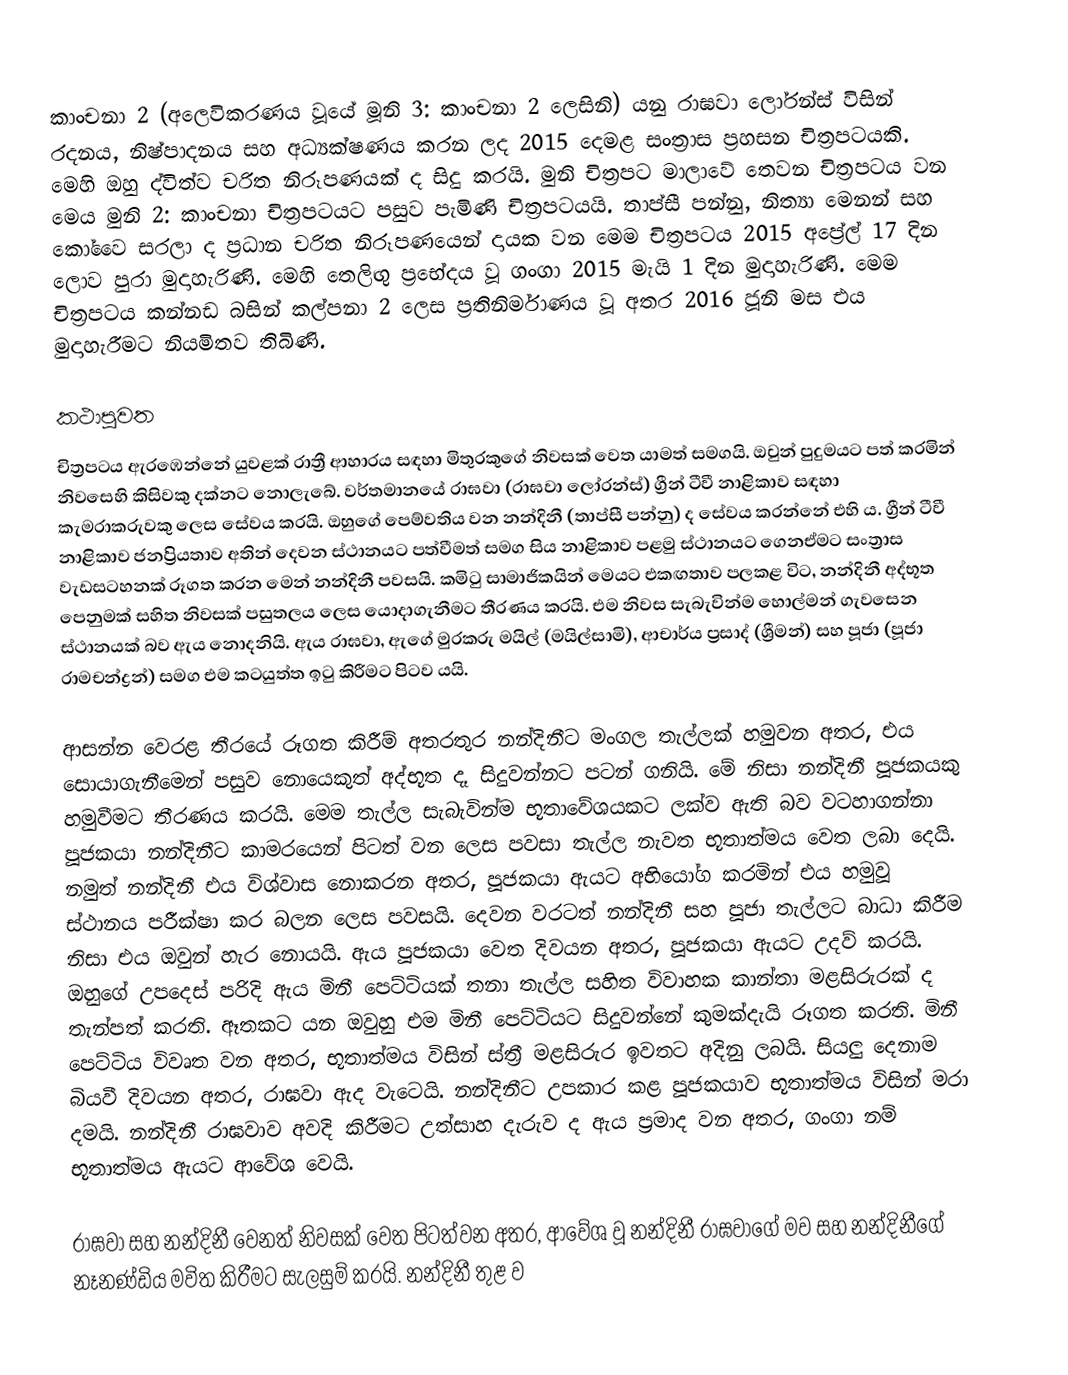
කාංචනා 2 (අලෙවිකරණය වූයේ මූනි 3: කාංචනා 2 ලෙසිනි) යනු රාඝවා ලෝරන්ස් විසින් රදනය, නිෂ්පාදනය සහ අධ්‍යක්ෂණය කරන ලද 2015 දෙමළ සංත්‍රාස ප්‍රහසන චිත්‍රපටයකි. මෙහි ඔහු ද්විත්ව චරිත නිරූපණයක් ද සිදු කරයි. මුනි චිත්‍රපට මාලාවේ තෙවන චිත්‍රපටය වන මෙය මුනි 2: කාංචනා චිත්‍රපටයට පසුව පැමිණි චිත්‍රපටයයි. තාප්සී පන්නු, නිත්‍යා මෙනන් සහ කෝවෛ සරලා ද ප්‍රධාන චරිත නිරූපණයෙන් දායක වන මෙම චිත්‍රපටය 2015 අප්‍රේල් 17 දින ලොව පුරා මුදාහැරිණි. මෙහි තෙලිඟු ප්‍රභේදය වූ ගංගා 2015 මැයි 1 දින මුදාහැරිණි. මෙම චිත්‍රපටය කන්නඩ බසින් කල්පනා 2 ලෙස ප්‍රතිනිර්මාණය වූ අතර 2016 ජූනි මස එය මුදාහැරීමට නියමිතව තිබිණි.

කථාපුවත
චිත්‍රපටය ඇරඹෙන්නේ යුවළක් රාත්‍රී ආහාරය සඳහා මිතුරකුගේ නිවසක් වෙත යාමත් සමගයි. ඔවුන් පුදුමයට පත් කරමින් නිවසෙහි කිසිවකු දක්නට නොලැබේ. වර්තමානයේ රාඝවා (රාඝවා ලෝරන්ස්) ග්‍රීන් ටීවී නාළිකාව සඳහා කැමරාකරුවකු ලෙස සේවය කරයි. ඔහුගේ පෙම්වතිය වන නන්දිනී (තාප්සී පන්නු) ද සේවය කරන්නේ එහි ය. ග්‍රීන් ටීවී නාළිකාව ජනප්‍රියතාව අතින් දෙවන ස්ථානයට පත්වීමත් සමග සිය නාළිකාව පළමු ස්ථානයට ගෙනඒමට සංත්‍රාස වැඩසටහනක් රූගත කරන මෙන් නන්දිනී පවසයි. කමිටු සාමාජිකයින් මෙයට එකඟතාව පලකළ විට, නන්දිනී අද්භූත පෙනුමක් සහිත නිවසක් පසුතලය ලෙස යොදාගැනීමට තීරණය කරයි. එම නිවස සැබැවින්ම ‍හොල්මන් ගැවසෙන ස්ථානයක් බව ඇය නොදනියි. ඇය රාඝවා, ඇගේ මුරකරු මයිල් (මයිල්සාමි), ආචාර්ය ප්‍රසාද් (ශ්‍රීමන්) සහ පූජා (පූජා රාමචන්ද්‍රන්) සමග එම කටයුත්ත ඉටු කිරීමට පිටව යයි.

ආසන්න වෙරළ තීරයේ රූගත කිරීම් අතරතුර නන්දිනීට මංගල තැල්ලක් හමුවන අතර, එය සොයාගැනීමෙන් පසුව නොයෙකුත් අද්භූත දෑ සිදුවන්නට පටන් ගනියි. මේ නිසා නන්දිනී පූජකයකු හමුවීමට තීරණය කරයි. මෙම තැල්ල සැබැවින්ම භූතාවේශයකට ලක්ව ඇති බව වටහාගන්නා පූජකයා නන්දිනීට කාමරයෙන් පිටත් වන ලෙස පවසා තැල්ල නැවත භූතාත්මය වෙත ලබා දෙයි. නමුත් නන්දිනී එය විශ්වාස නොකරන අතර, පූජකයා ඇයට අභියෝග කරමින් එය හමුවූ ස්ථානය පරීක්ෂා කර බලන ලෙස පවසයි. දෙවන වරටත් නන්දිනී සහ පූජා තැල්ලට බාධා කිරීම නිසා එය ඔවුන් හැර නොයයි. ඇය පූජකයා වෙත දිවයන අතර, පූජකයා ඇයට උදව් කරයි. ඔහුගේ උපදෙස් පරිදි ඇය මිනී පෙට්ටියක් තනා තැල්ල සහිත විවාහක කාන්තා මළසිරුරක් ද තැන්පත් කරති. ඈතකට යන ඔවුහු එම මිනී පෙට්ටියට සිදුවන්නේ කුමක්දැයි රූගත කරති. මිනී පෙට්ටිය විවෘත වන අතර, භූතාත්මය විසින් ස්ත්‍රී මළසිරුර ඉවතට අදිනු ලබයි. සියලු දෙනාම බියවී දිවයන අතර, රාඝවා ඇද වැටෙයි. නන්දිනීට උපකාර කළ පූජකයාව භූතාත්මය විසින් මරා දමයි. නන්දිනී රාඝවාව අවදි කිරීමට උත්සාහ දැරුව ද ඇය ප්‍රමාද වන අතර, ගංගා නම් භූතාත්මය ඇයට ආවේශ වෙයි.

රාඝවා සහ නන්දිනී වෙනත් නිවසක් වෙත පිටත්වන අතර, ආවේශ වූ නන්දිනී රාඝවාගේ මව සහ නන්දිනීගේ නෑනණ්ඩිය මවිත කිරීමට සැලසුම් කරයි. නන්දිනී තුළ ව